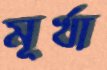
মূর্খা